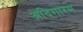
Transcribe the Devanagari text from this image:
अदिगारम